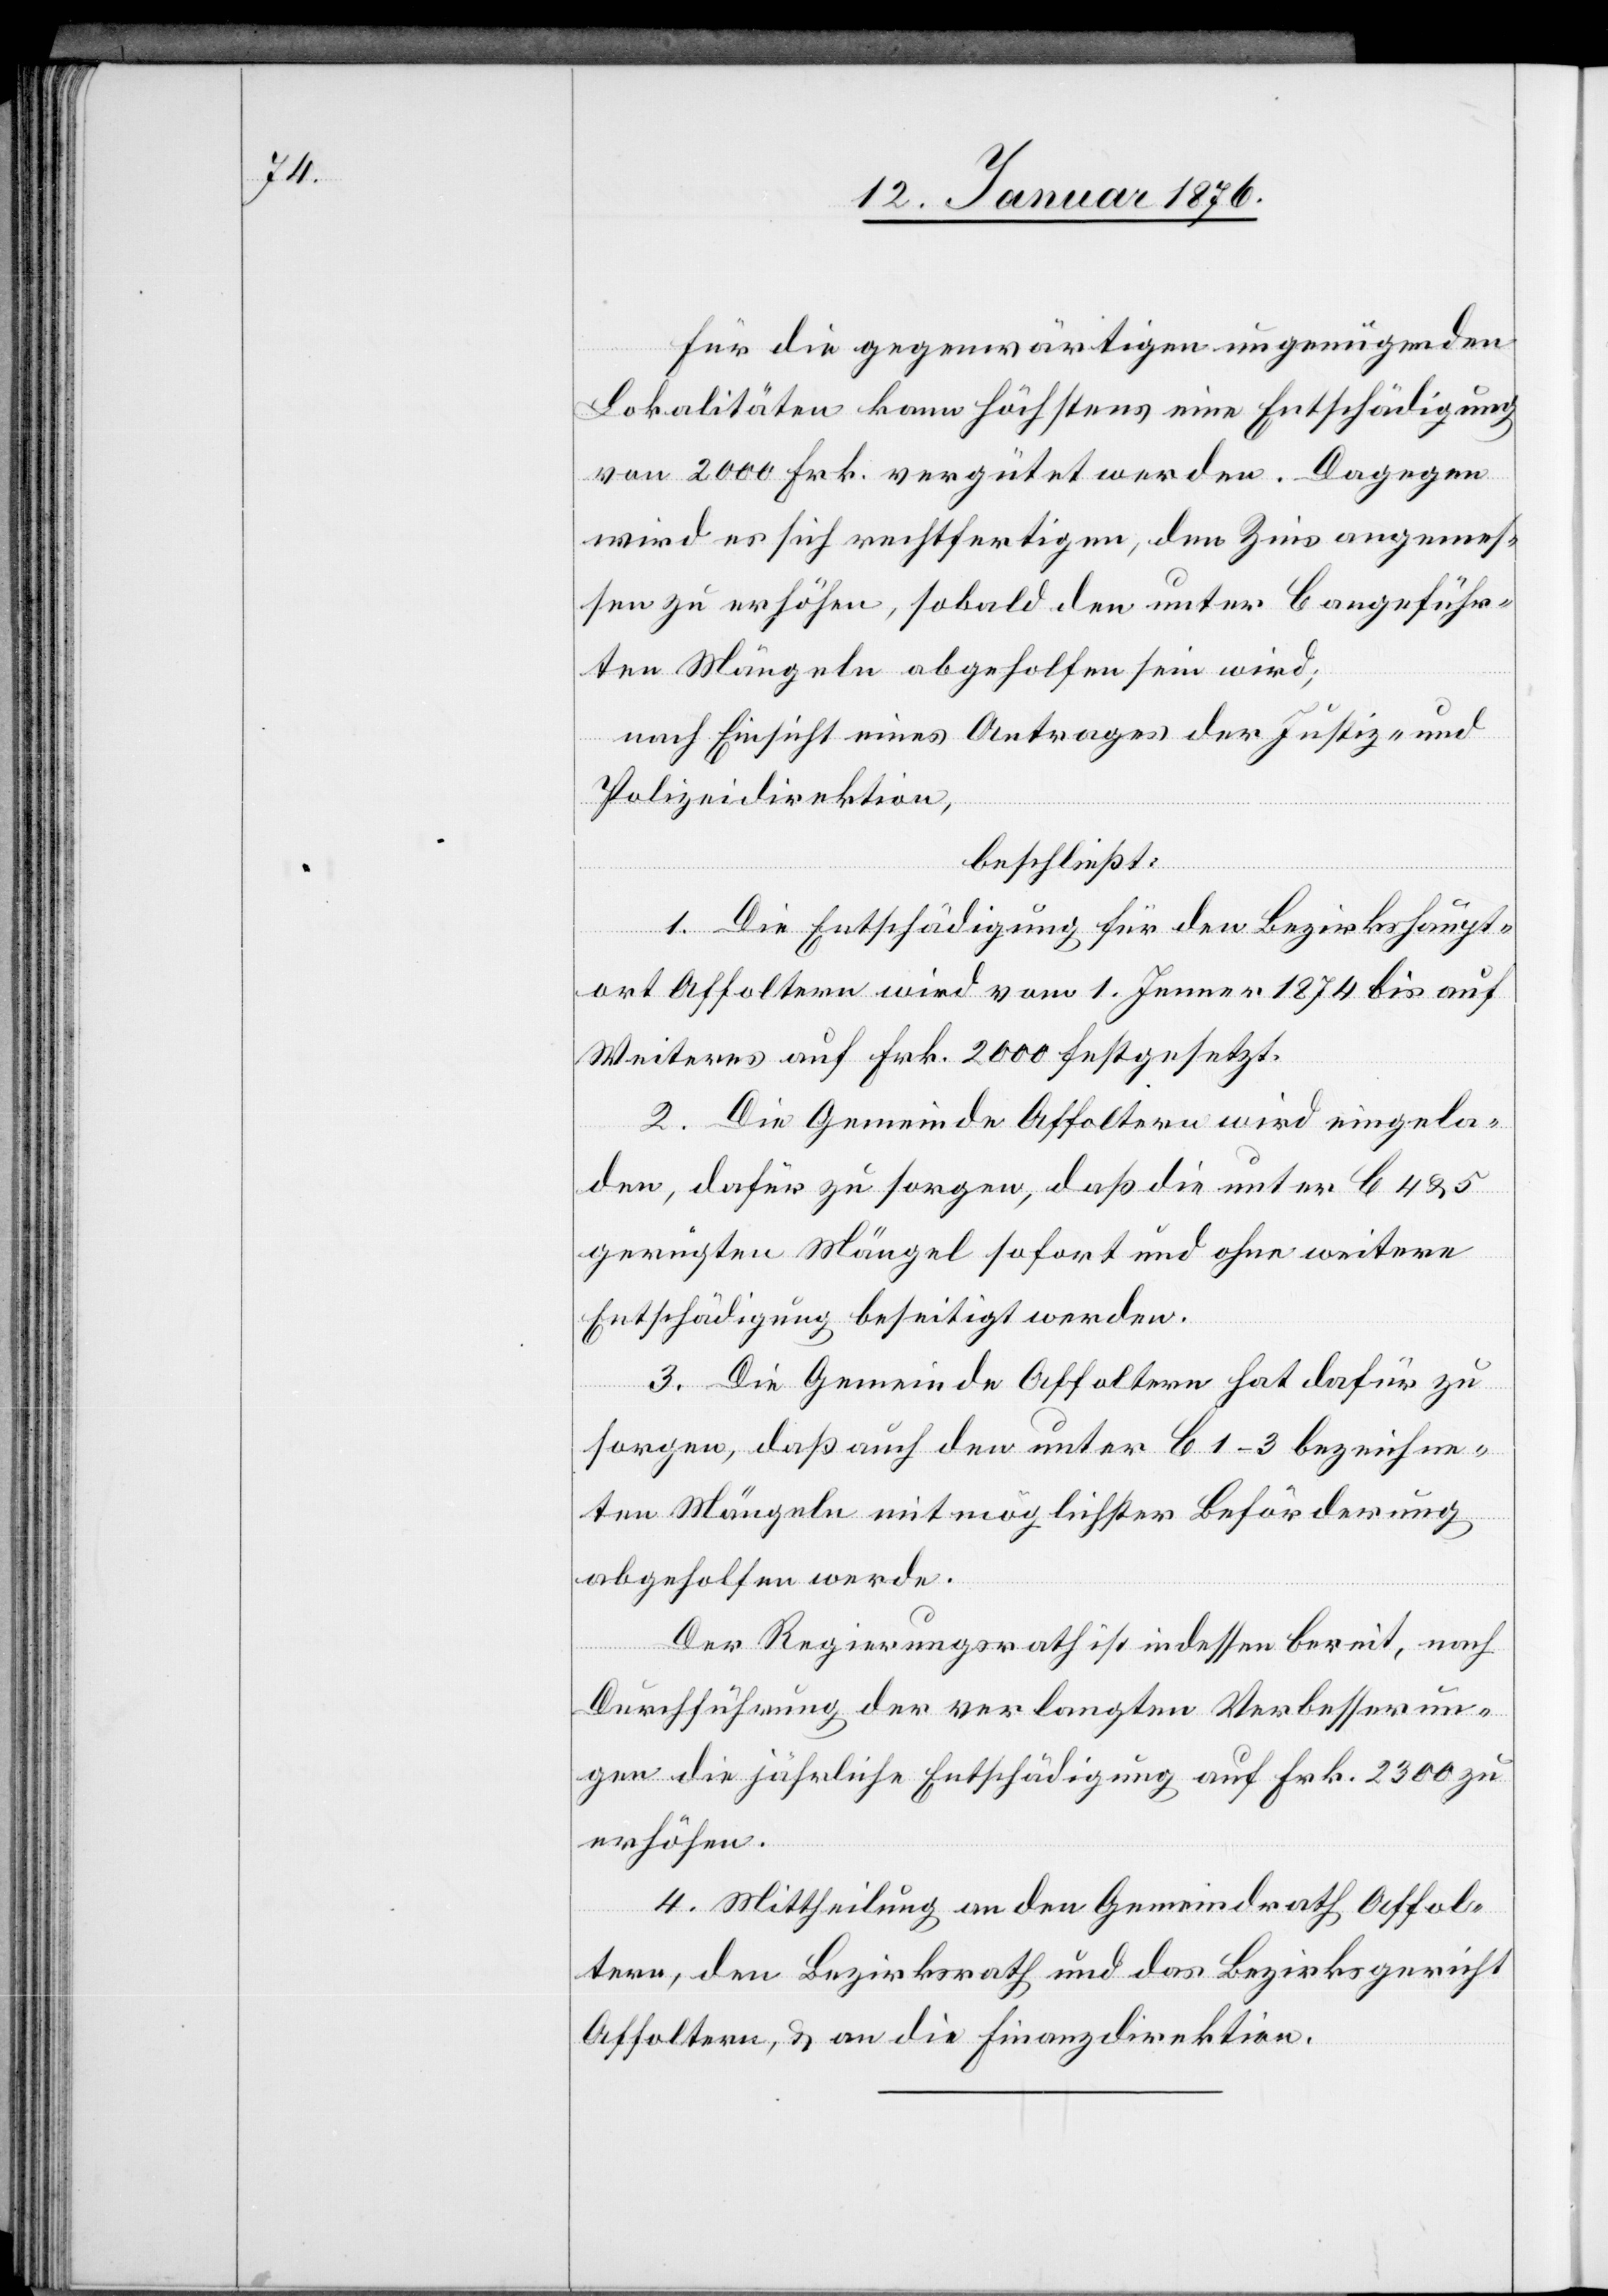
Für die gegenwärtigen ungenügenden
Lokalitäten kann höchstens eine Entschädigung
von 2000 Frk. vergütet werden. Dagegen
wird es sich rechtfertigen, den Zins angemes¬
sen zu erhöhen, sobald den unter B angeführ¬
ten Mängeln abgeholfen sein wird;
nach Einsicht eines Antrages der Justiz- und
Polizeidirektion,
beschließt:
1. Die Entschädigung für den Bezirkshaupt¬
ort Affoltern wird vom 1. Jenner 1874 bis auf
Weiteres auf Frk. 2000 festgesetzt.
2. Die Gemeinde Affoltern wird eingela¬
den, dafür zu sorgen, daß die unter B 4 u. 5
gerügten Mängel sofort und ohne weitere
Entschädigung beseitigt werden.
3. Die Gemeinde Affoltern hat dafür zu
sorgen, daß auch den unter B 1–3 bezeichne¬
ten Mängeln mit möglichster Beförderung
abgeholfen werde.
Der Regierungsrath ist indessen bereit, nach
Durchführung der verlangten Verbesserun¬
gen die jährliche Entschädigung auf Frk. 2300 zu
erhöhen.
4. Mittheilung an den Gemeindrath Affol¬
tern, den Bezirksrath und das Bezirksgericht
Affoltern, u. an die Finanzdirektion.